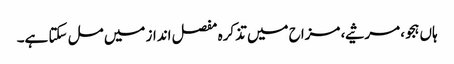
ہاں ہجو، مرثیے، مزاح میں تذکرہ مفصل انداز میں مل سکتا ہے۔